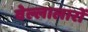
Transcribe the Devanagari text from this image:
वेल्लालारों